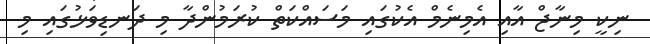
ނިކީ މިނާޖް އާއި އެމިނެމް އެކުގައި މަސައްކަތް ކުރަމުންދާ މި ދަނޑިވަޅުގައި މި